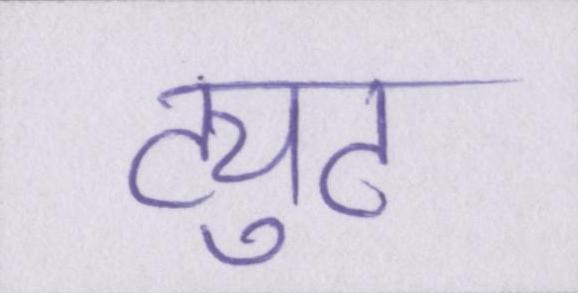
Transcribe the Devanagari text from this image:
ट्युट